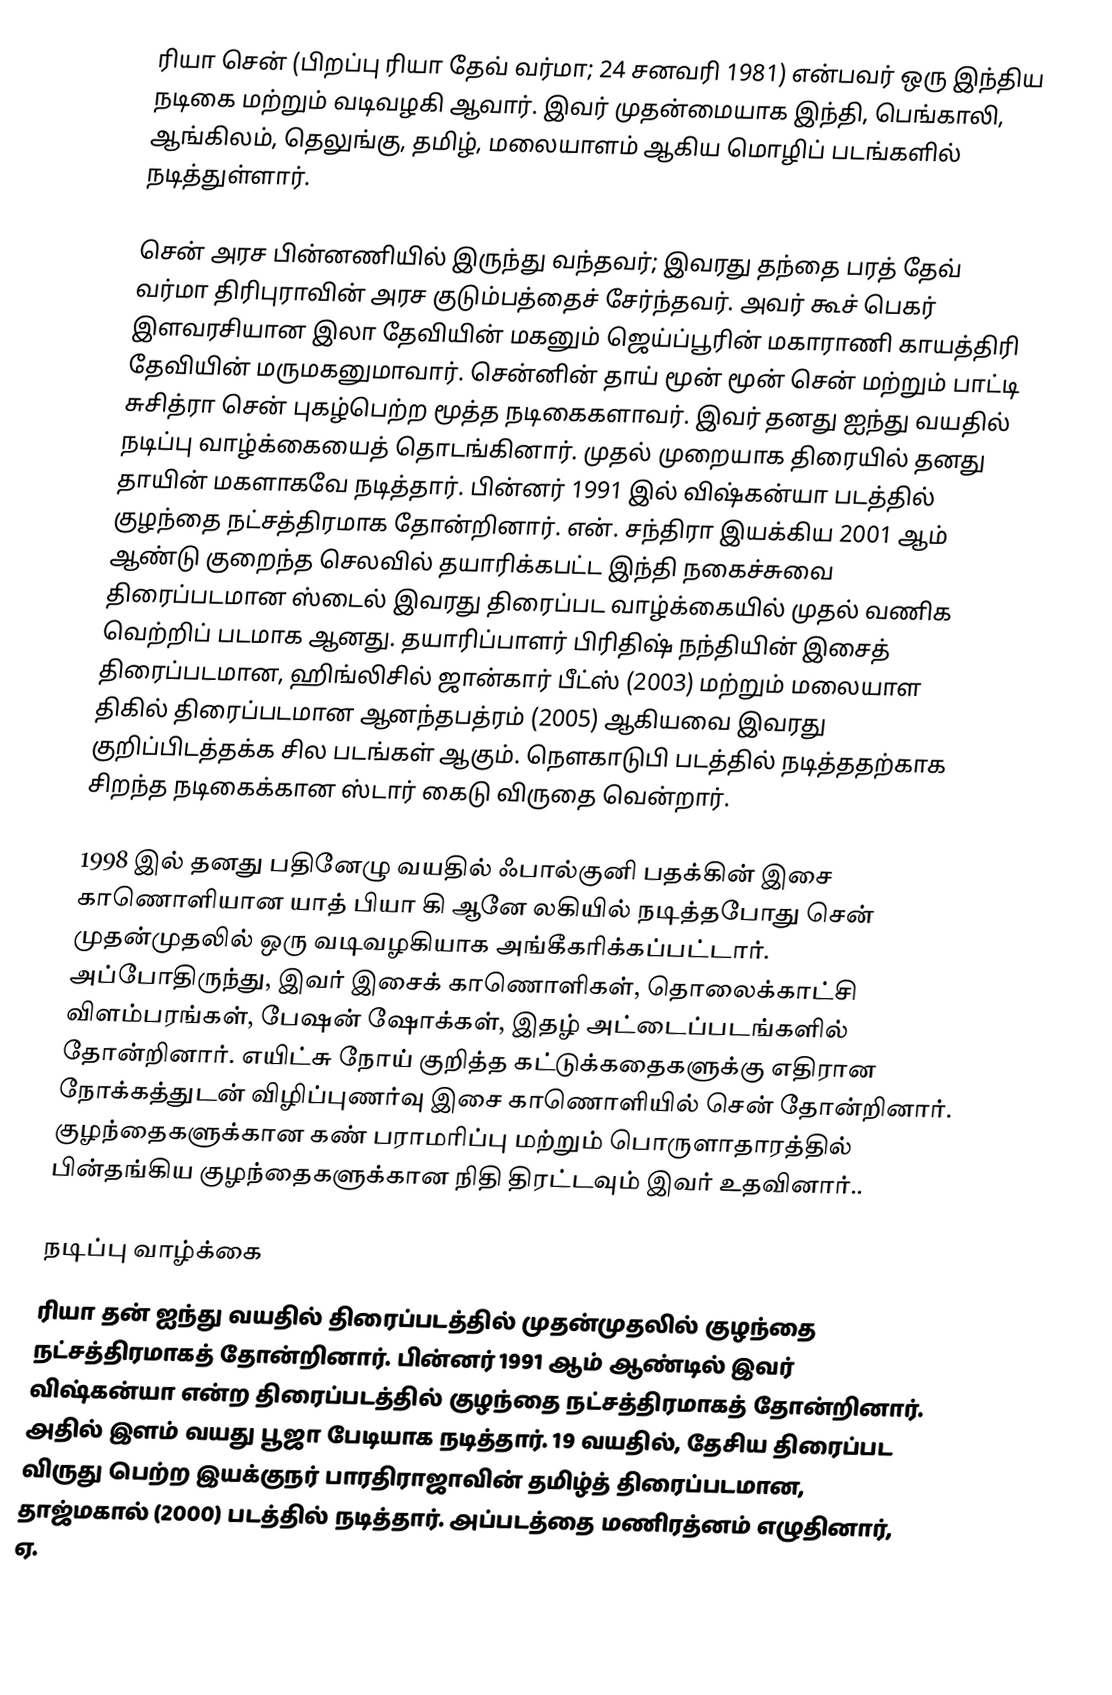
ரியா சென் (பிறப்பு ரியா தேவ் வர்மா; 24 சனவரி 1981) என்பவர் ஒரு இந்திய நடிகை மற்றும் வடிவழகி ஆவார்.  இவர் முதன்மையாக  இந்தி, பெங்காலி, ஆங்கிலம், தெலுங்கு, தமிழ், மலையாளம் ஆகிய மொழிப் படங்களில் நடித்துள்ளார்.

சென் அரச பின்னணியில் இருந்து வந்தவர்; இவரது தந்தை பரத் தேவ் வர்மா திரிபுராவின் அரச குடும்பத்தைச் சேர்ந்தவர். அவர்  கூச் பெகர் இளவரசியான இலா தேவியின் மகனும் ஜெய்ப்பூரின்  மகாராணி காயத்திரி தேவியின் மருமகனுமாவார். சென்னின் தாய் மூன் மூன் சென் மற்றும் பாட்டி சுசித்ரா சென் புகழ்பெற்ற மூத்த நடிகைகளாவர். இவர் தனது ஐந்து வயதில்  நடிப்பு வாழ்க்கையைத் தொடங்கினார். முதல் முறையாக திரையில் தனது தாயின் மகளாகவே நடித்தார். பின்னர் 1991 இல் விஷ்கன்யா படத்தில் குழந்தை நட்சத்திரமாக தோன்றினார். என். சந்திரா இயக்கிய 2001 ஆம் ஆண்டு குறைந்த செலவில் தயாரிக்கபட்ட இந்தி  நகைச்சுவை திரைப்படமான ஸ்டைல் இவரது திரைப்பட வாழ்க்கையில் முதல் வணிக வெற்றிப் படமாக ஆனது. தயாரிப்பாளர் பிரிதிஷ் நந்தியின் இசைத் திரைப்படமான, ஹிங்லிசில் ஜான்கார் பீட்ஸ் (2003) மற்றும் மலையாள திகில் திரைப்படமான ஆனந்தபத்ரம் (2005) ஆகியவை இவரது குறிப்பிடத்தக்க சில படங்கள் ஆகும். நௌகாடுபி படத்தில் நடித்ததற்காக சிறந்த நடிகைக்கான ஸ்டார் கைடு விருதை வென்றார்.

1998 இல் தனது பதினேழு வயதில் ஃபால்குனி பதக்கின் இசை காணொளியான யாத் பியா கி ஆனே லகியில் நடித்தபோது சென் முதன்முதலில் ஒரு வடிவழகியாக அங்கீகரிக்கப்பட்டார். அப்போதிருந்து, இவர் இசைக் காணொளிகள், தொலைக்காட்சி விளம்பரங்கள், பேஷன் ஷோக்கள், இதழ் அட்டைப்படங்களில் தோன்றினார்.  எயிட்சு நோய் குறித்த  கட்டுக்கதைகளுக்கு எதிரான நோக்கத்துடன் விழிப்புணர்வு இசை காணொளியில் சென் தோன்றினார். குழந்தைகளுக்கான கண் பராமரிப்பு மற்றும் பொருளாதாரத்தில் பின்தங்கிய குழந்தைகளுக்கான நிதி திரட்டவும் இவர் உதவினார்..

நடிப்பு வாழ்க்கை
ரியா தன் ஐந்து வயதில் திரைப்படத்தில் முதன்முதலில்   குழந்தை நட்சத்திரமாகத் தோன்றினார்.  பின்னர் 1991 ஆம் ஆண்டில் இவர் விஷ்கன்யா என்ற திரைப்படத்தில் குழந்தை நட்சத்திரமாகத் தோன்றினார். அதில்  இளம் வயது பூஜா பேடியாக நடித்தார். 19 வயதில், தேசிய திரைப்பட விருது பெற்ற இயக்குநர் பாரதிராஜாவின் தமிழ்த் திரைப்படமான, தாஜ்மகால் (2000) படத்தில் நடித்தார். அப்படத்தை மணிரத்னம் எழுதினார், ஏ.